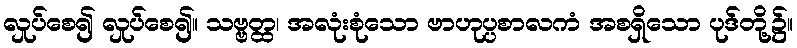
လှုပ်စေ၍ လှုပ်စေ၍။ သဗ္ဗတ္ထ၊ အလုံးစုံသော ဗာဟုပ္ပစာလကံ အစရှိသော ပုဒ်တို့၌။